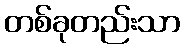
တစ်ခုတည်းသာ